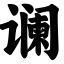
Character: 谰